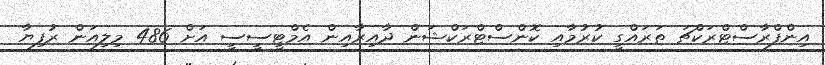
އިންފްރާސްޓްރަކްޗަ ތަރައްގީ ކުރުމާއި ކޮންސްޓްރަކްޝަން ދާއިރާއިން އެމްޓީސީސީ އަށް 486 މިލިއަން ރުފިޔާ